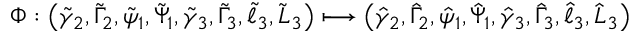
\Phi : \left( \tilde { \gamma } _ { 2 } , \tilde { \Gamma } _ { 2 } , \tilde { \psi } _ { 1 } , \tilde { \Psi } _ { 1 } , \tilde { \gamma } _ { 3 } , \tilde { \Gamma } _ { 3 } , \tilde { \ell } _ { 3 } , \tilde { L } _ { 3 } \right) \longmapsto \left( \hat { \gamma } _ { 2 } , \hat { \Gamma } _ { 2 } , \hat { \psi } _ { 1 } , \hat { \Psi } _ { 1 } , \hat { \gamma } _ { 3 } , \hat { \Gamma } _ { 3 } , \hat { \ell } _ { 3 } , \hat { L } _ { 3 } \right)